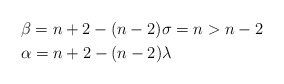
\begin{align*} &\beta=n+2-(n-2)\sigma=n>n-2\\ &\alpha=n+2-(n-2)\lambda \end{align*}